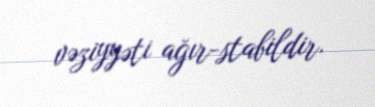
vəziyyəti ağır-stabildir.